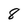
Character: 8